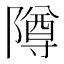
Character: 𱀵